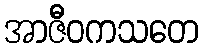
အာဇီဝကသတေ